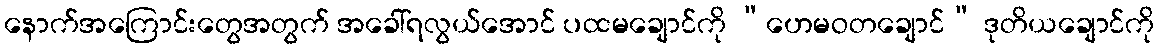
နောက်အကြောင်းတွေအတွက် အခေါ်ရလွယ်အောင် ပထမချောင်ကို “ဟေမဝတချောင်” ဒုတိယချောင်ကို